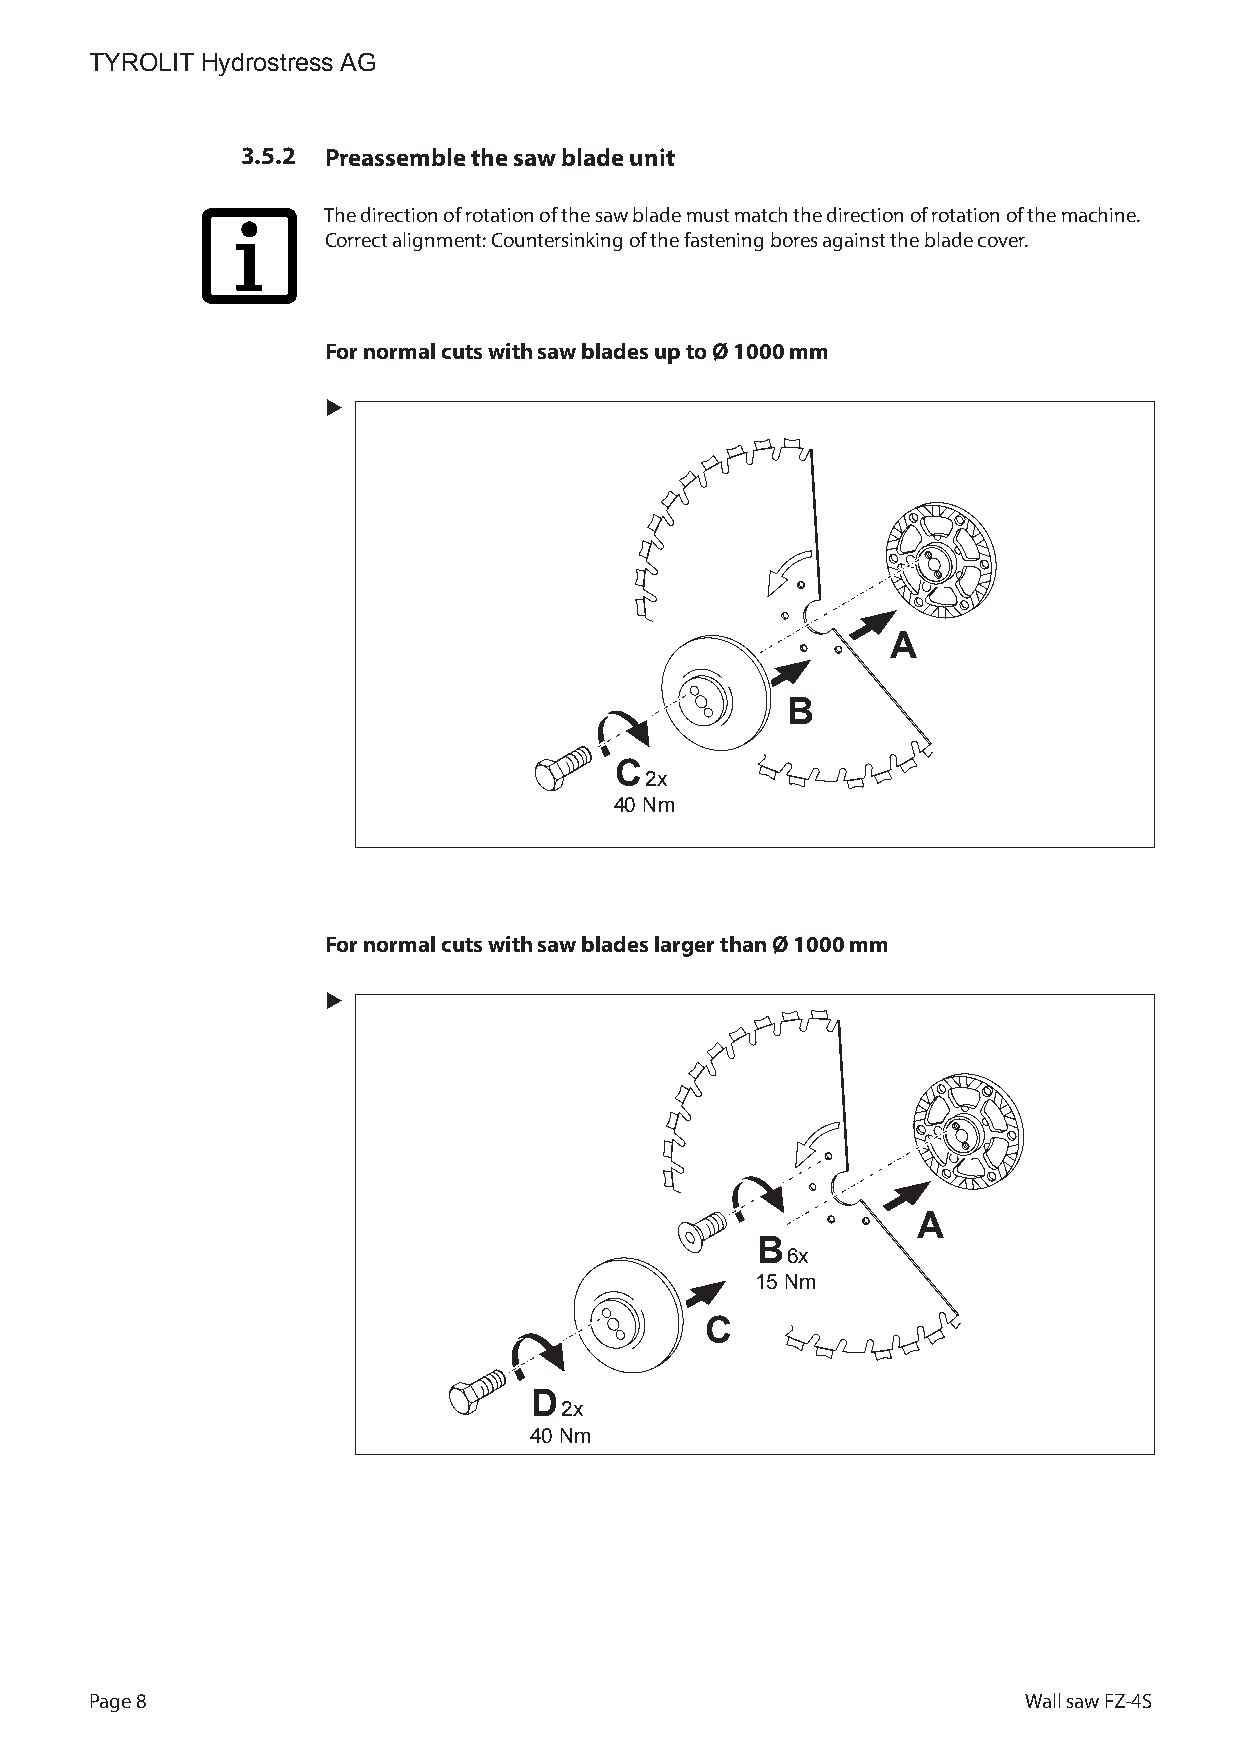
TYROLIT Hydrostress AG
 3.5.2 Preassemble the saw blade unit
 The direction of rotation of the saw blade must match the direction of rotation of the machine.
 Correct alignment: Countersinking of the fastening bores against the blade cover.
 For normal cuts with saw blades up to Ø 1000 mm
 X
 A
 B
 C
 2x
 40 Nm
 For normal cuts with saw blades larger than Ø 1000 mm
 X
 A
 B
 6x
 15 Nm
 C
 D
 2x
 40 Nm
 Page 8                                                        Wall saw FZ-4S